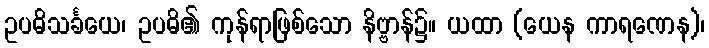
ဥပဓိသင်္ခယေ၊ ဥပဓိ၏ ကုန်ရာဖြစ်သော နိဗ္ဗာန်၌။ ယထာ (ယေန ကာရဏေန)၊